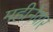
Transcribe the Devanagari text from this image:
महीनेवार